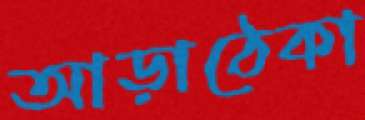
আড়াঠেকা